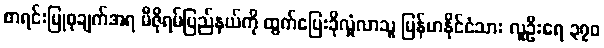
စာရင်းပြုစုချက်အရ မီဇိုရမ်ပြည်နယ်ကို ထွက်ပြေးခိုလှုံလာသူ မြန်မာနိုင်ငံသား လူဦးရေ ၃၇၀